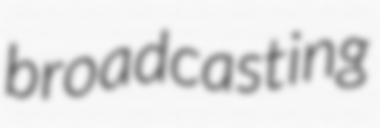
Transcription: broadcasting